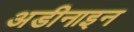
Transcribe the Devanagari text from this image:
अडीनाइन